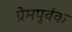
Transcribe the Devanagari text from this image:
प्रेमपुर्वक